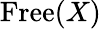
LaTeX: \mathrm{Free}(X)